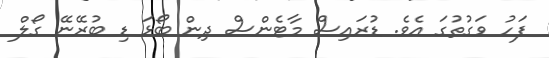
ފަހު ވަގުތުގަ އެވެ. ޑުރައިސް މާޓެންސް ދިން ބޯޅަ ޑި ބުރޭނޭ ގޯލް